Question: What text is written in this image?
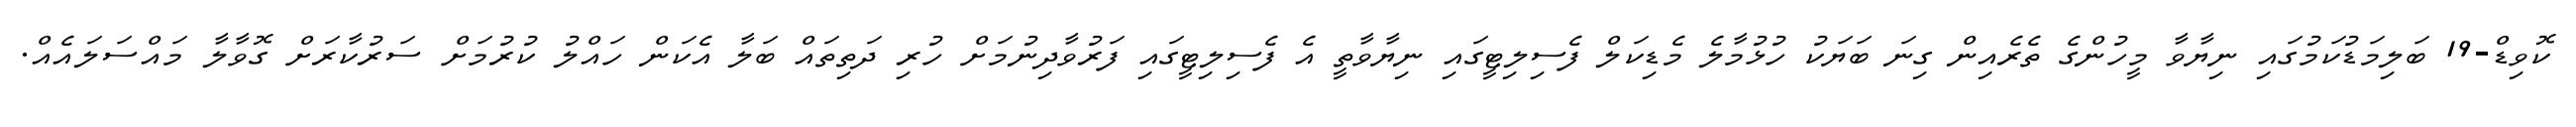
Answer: ކޮވިޑް-19 ބަލިމަޑުކަމުގައި ނިޔާވާ މީހުންގެ ތެރެއިން ގިނަ ބަޔަކު ހުޅުމާލެ މެޑިކަލް ފެސިލިޓީގައި ނިޔާވާތީ އެ ފެސިލިޓީގައި ފަރުވާދިނުމަށް ހުރި ދަތިތައް ބަލާ އެކަން ހައްލު ކުރުމަށް ސަރުކާރަށް ގޮވާލާ މައްސަލައެއް.